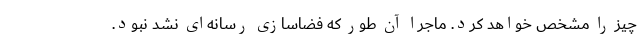
چیز را مشخص خواهد کرد. ماجرا آن طور که فضاسازی رسانه‌ای نشد نبود.